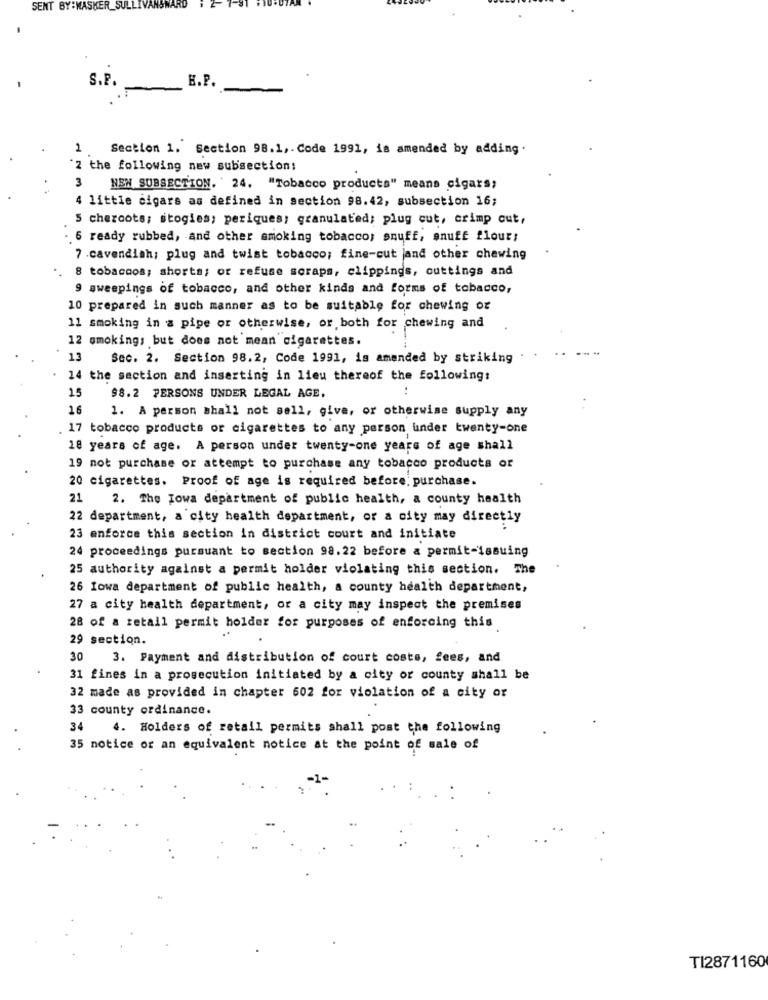
SENT BY:MASKER_SULLIVANS
H.P.
S.P.
2
Section 1. Section 98.1 ,. Code 1991, is amended by adding.
'2 the following new subsection:
3
NEN SUBSECTION. 24. "Tobacco products" means cigars;
4 little cigars as defined in section 98.42, subsection 16;
5 cheroots; stogies; periques; granulated; plug cut, crimp cut,
6 ready rubbed, and other smoking tobacco; snuff, snuff flour;
7 .cavendish; plug and twist tobacco; fine-cut jand other chewing
8 tobaccos; shorts; or refuse scraps, clippings, cuttings and
9 sweepings of tobacco, and other kinds and forms of tobacco,
10 prepared in such manner as to be suitable for chewing or
11 smoking in a pipe or otherwise, or both for chewing and
12 smoking; but does not mean cigarettes.
13
Sec. 2. Section 98.2, Code 1991, is amended by striking
14 the section and inserting in lieu thereof the following:
15
..
98.2 PERSONS UNDER LEGAL AGE,
16
1. A person shall not sell, give, or otherwise supply any
. 17 tobacco products or cigarettes to any person under twenty-one
18 years of age. A person under twenty-one years of age shall
19 not purchase or attempt to purchase any tobacco products or
20 cigarettes. Proof of age is required before. purchase.
21
2. The Towa department of public health, a county health
22 department, a city health department, or a city may directly
23 enforce this section in district court and initiate
24 proceedings pursuant to section 98.22 before a permit-issuing
25 authority against a permit holder violating this section. The
26 Iowa department of public health, a county health department,
27 a city health department, or a city may inspect the premises
28 of a retail permit holder for purposes of enforcing this
29 section.
30
3. Payment and distribution of court coste, fees, and
31 fines in a prosecution initiated by a city or county shall be
32 made as provided in chapter 602 for violation of a city or
33 county ordinance.
34
4. Holders of retail permits shall post the following
35 notice or an equivalent notice at the point of sale of
TI2871160